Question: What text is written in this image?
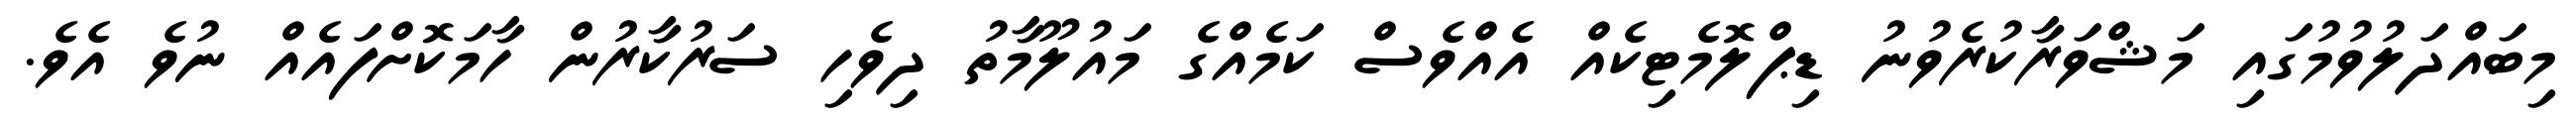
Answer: މިބައްދަލުވުމުގައި މަޝްވަރާކުރެވުނު ޑިޕްލޮމެޓިކެއް އެއްވެސް ކަމެއްގެ މައުލޫމާތު ދިވެހި ސަރުކާރުން ހާމަކޮށްފައެއް ނުވެ އެވެ.